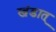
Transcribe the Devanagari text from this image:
खंडात्